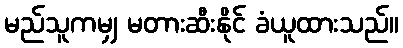
မည်သူကမျှ မတားဆီးနိုင် ခံယူထားသည်။